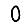
Digit: 0